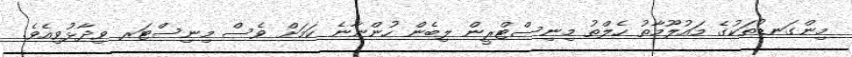
މިންގަނޑުތަކުގެ މައުލޫމާތު ހެލްތު މިނިސްޓްރީން ލިބެން ހުންނާނެ ކަމަށް ވެސް މިނިސްޓަރ ވިދާޅުވިއެވެ.